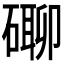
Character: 𥕡